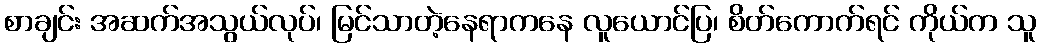
စာချင်း အဆက်အသွယ်လုပ်၊ မြင်သာတဲ့နေရာကနေ လူယောင်ပြ၊ စိတ်ကောက်ရင် ကိုယ်က သူ